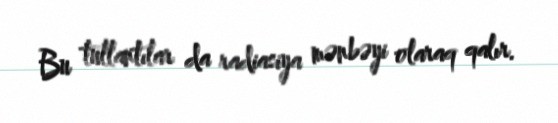
Bu tullantılar da radiasiya mənbəyi olaraq qalır.